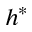
h ^ { * }